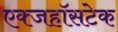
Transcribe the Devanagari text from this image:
एक्जहॉसटेक